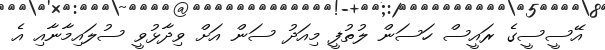
އޭސީސީގެ ރައީސް ހަސަން ލުތުފީ މިއަދު ސަން އަށް ވިދާޅުވީ ސުލައިމާނާއި އެ